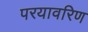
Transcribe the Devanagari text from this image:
परयावरिण